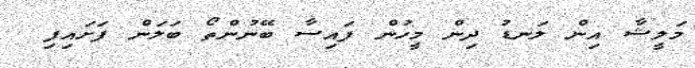
މަލީޝާ އިން ލަނޑު ދިން މީހުން ފައިސާ ބޭނުންތޯ ބަލަން ފަށައިފި